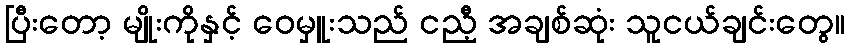
ပြီးတော့ မျိုးကိုနှင့် ဝေမှူးသည် ငညီ့ အချစ်ဆုံး သူငယ်ချင်းတွေ။